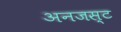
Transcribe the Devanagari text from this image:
अनजस्ट